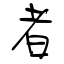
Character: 者